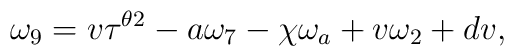
\omega_9=v\tau^{\theta 2} -a\omega_7-\chi \omega_a +v\omega_2+dv,